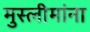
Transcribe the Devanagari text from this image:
मुस्लीमांना